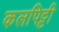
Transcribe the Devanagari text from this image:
कलपिट्टी